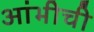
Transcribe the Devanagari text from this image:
आंभीची